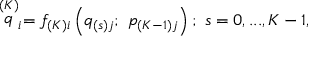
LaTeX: \stackrel { \left( K \right) } { q } _ { i } = f _ { \left( K \right) i } \left( q _ { \left( s \right) j } ; \ p _ { \left( K - 1 \right) j } \right) ; \ s = 0 , . . . , K - 1 ,